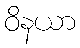
ဝိနယာ